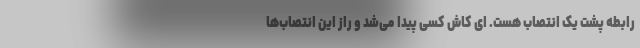
رابطه پشت یک انتصاب هست. ای کاش کسی پیدا می‌شد و راز این انتصاب‌ها